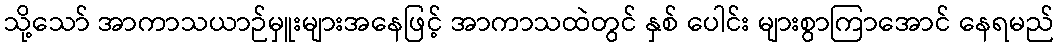
သို့သော် အာကာသယာဉ်မှူးများအနေဖြင့် အာကာသထဲတွင် နှစ် ပေါင်း များစွာကြာအောင် နေရမည်